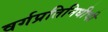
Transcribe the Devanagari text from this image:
वर्गप्रतिनिधीची